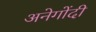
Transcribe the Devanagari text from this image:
अनेगोंदी